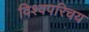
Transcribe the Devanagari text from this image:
विश्वपरिचय